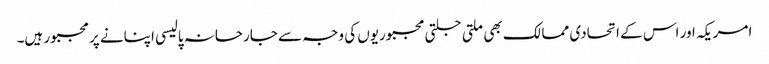
امریکہ اور اس کے اتحادی ممالک بھی ملتی جلتی مجبوریوں کی وجہ سے جارحانہ پالیسی اپنانے پر مجبور ہیں۔